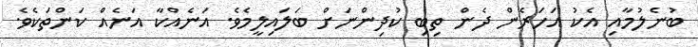
ބުނެލުމާއި އެކު އަހަރެން ދެން ތިބި ކުދިންނަށް ބަލައިލީމެވެ. އަނެއްކާ އަނެއް ކަންތަކެވެ.